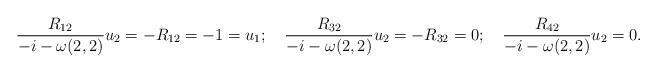
LaTeX: \begin{align*}\frac{R_{12}}{-i-\omega(2,2)}u_2=-R_{12}=-1=u_1;\quad\frac{R_{32}}{-i-\omega(2,2)}u_2=-R_{32}=0;\quad\frac{R_{42}}{-i-\omega(2,2)}u_2=0.\end{align*}